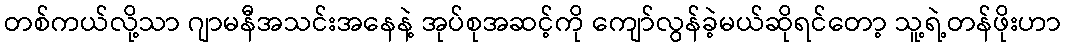
တစ်ကယ်လို့သာ ဂျာမနီအသင်းအနေနဲ့ အုပ်စုအဆင့်ကို ကျော်လွန်ခဲ့မယ်ဆိုရင်တော့ သူ့ရဲ့တန်ဖိုးဟာ